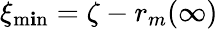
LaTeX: \xi_{\operatorname*{m\mathbf{i}n}}=\zeta-r_{m}(\infty)